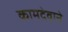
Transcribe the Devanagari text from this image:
कामदेवाने